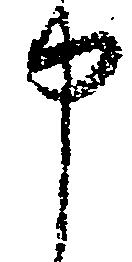
申